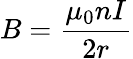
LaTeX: B={\frac{\mu_{0}nI}{2r}}